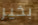
بخير